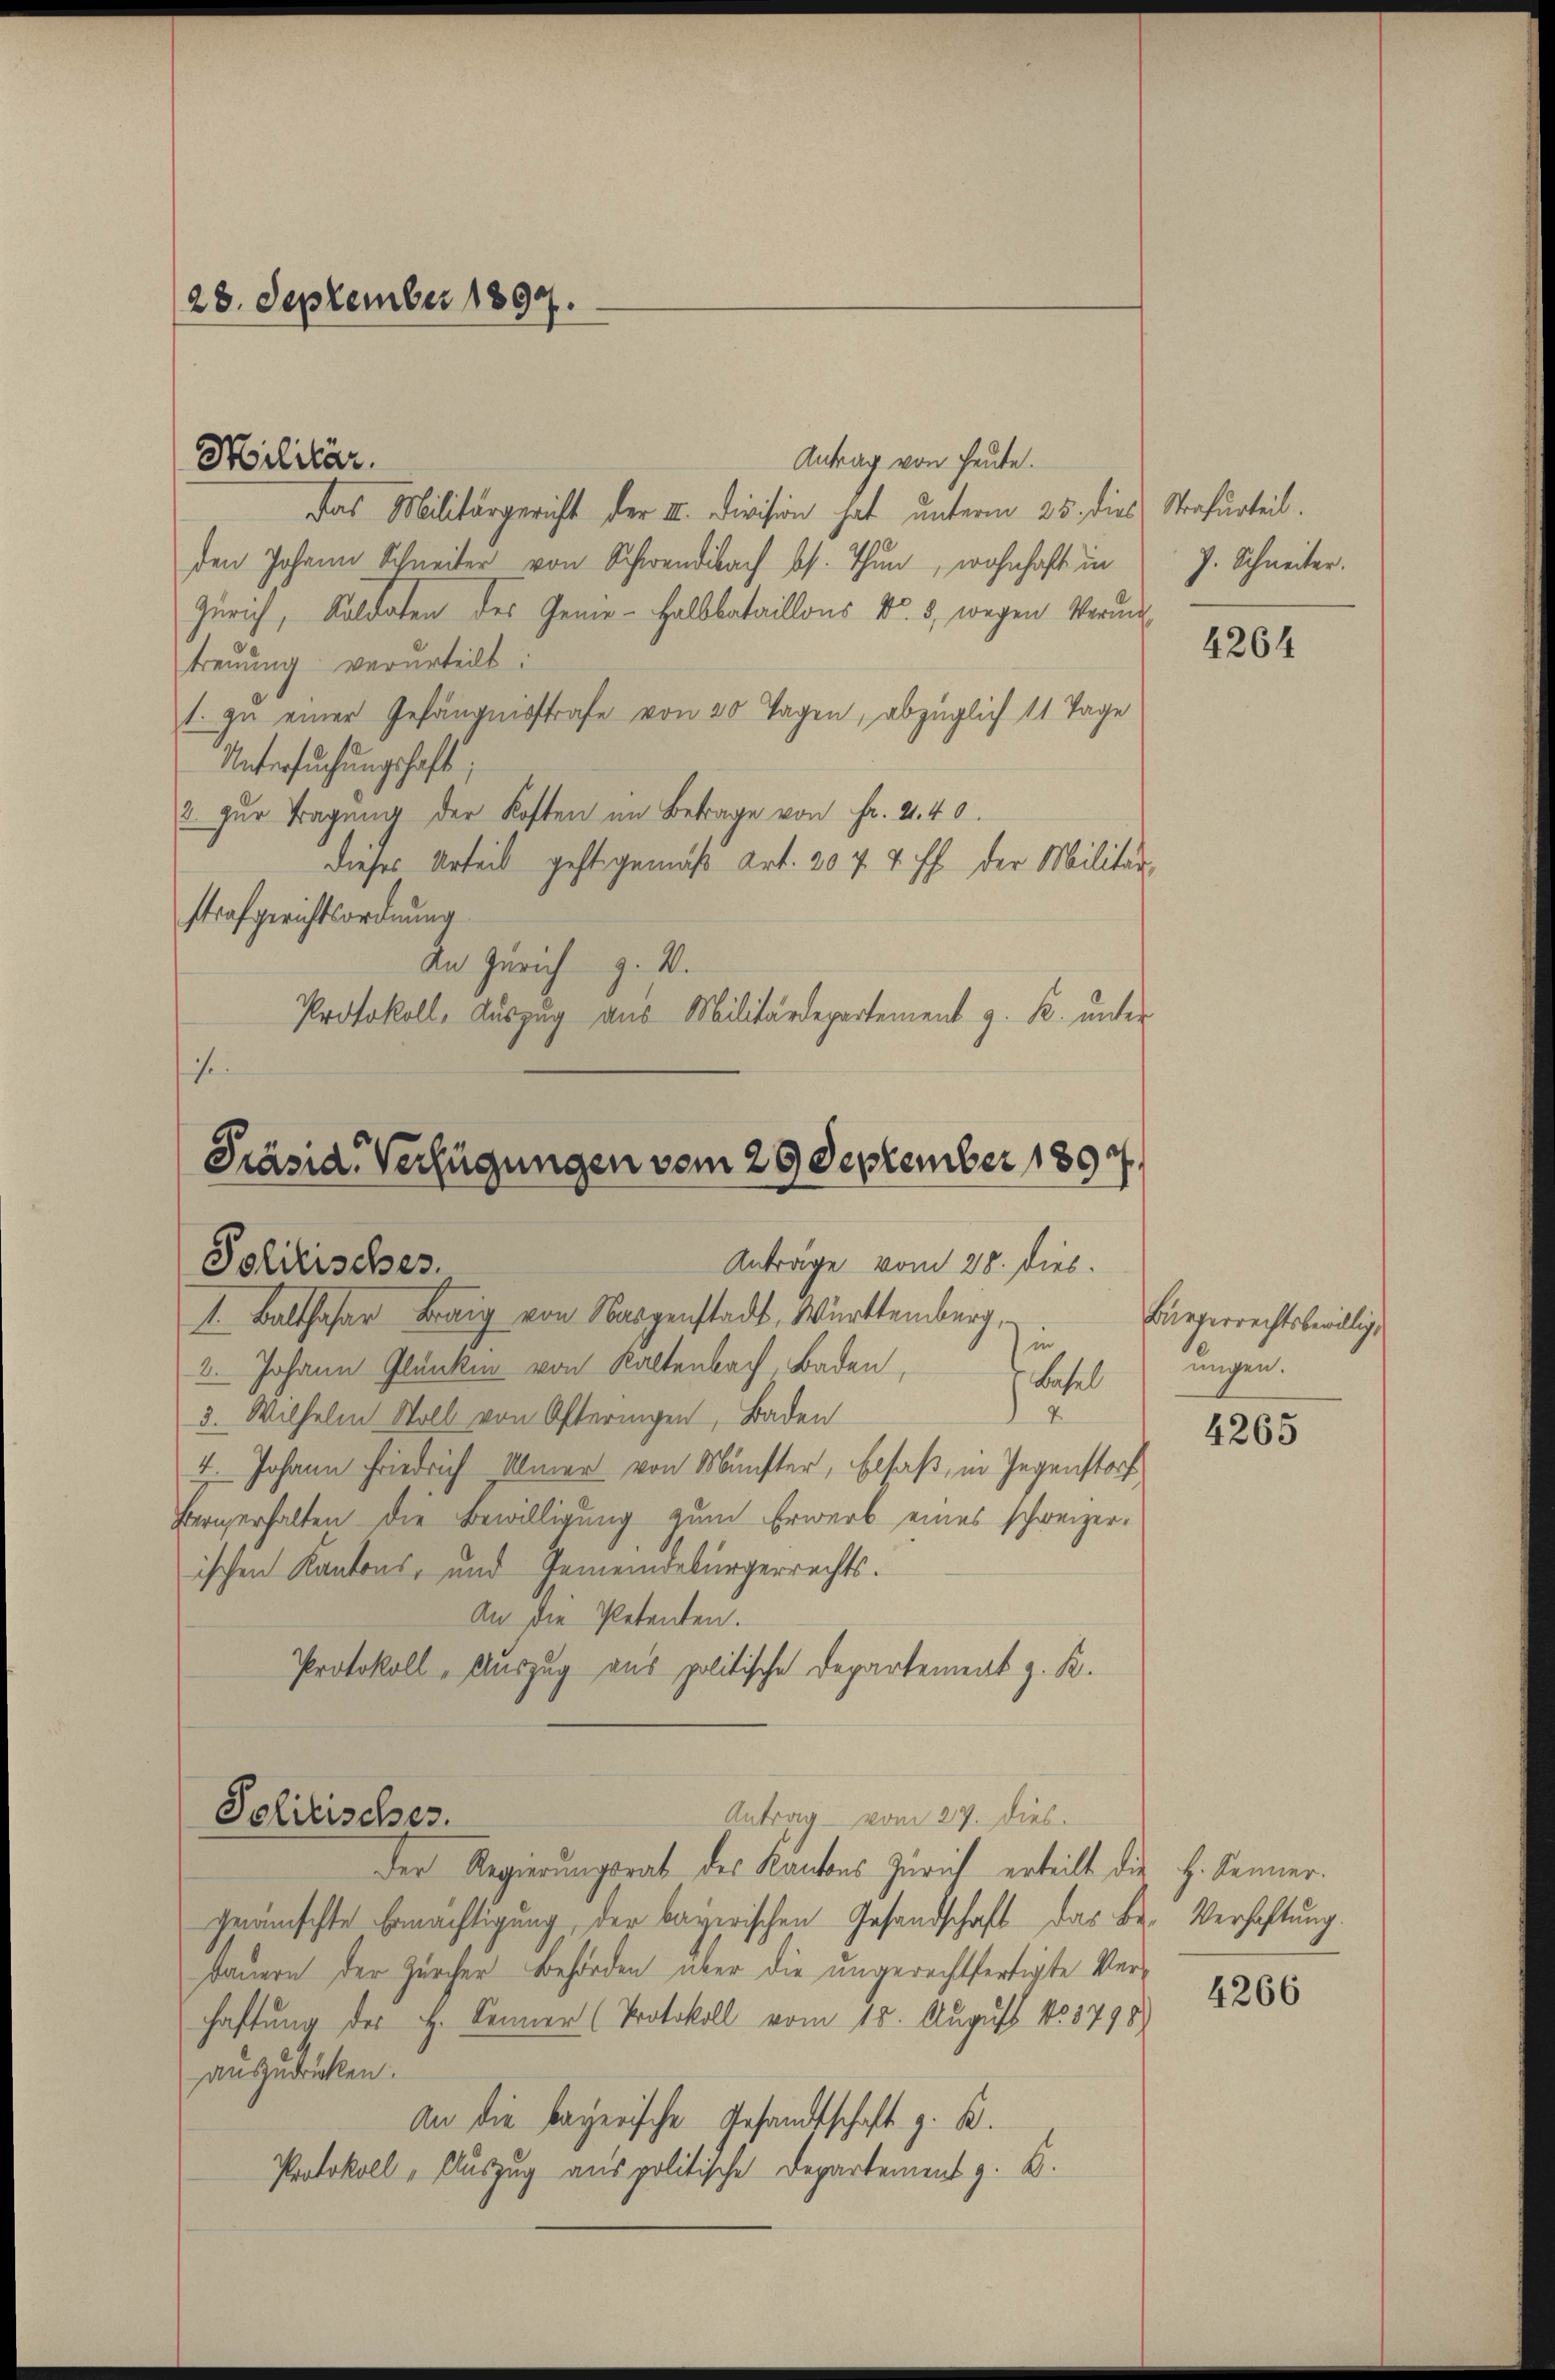
28. September 1897.

Antrag von heute.
Das Militärgericht der III. Division hat unterm 25. dies Strafurteil.
den Johann Schneiter von Schwendbach bes. Thun, wohnhaft in
Zürich, Soldaten des Genie-Halbbataillons No. 3. wegen Verŭn
treuung verurteilt:
1. zu einer Gefängnisstrafe von 20 Tagen, abzüglich 11 Tage
Untersuchungshaft;
2. zŭr Tragung der Kosten im Betrage von Fr. 240.
Dieses Urteil geht gemäß Art. 307 7 ff. der Militar-
strafgerichtsordnung
An Zürich z. B.
Protokoll, Auszug aus Militärdepartement z. B. unter
e

Militär.

Präsid. Verfügungen vom 29 September 1894
Anträge vom 28. Dies
Politisches.

I. Balthasar Brang von Nargenstadt, Württemberg,
i
2. Johann Glänken von Kaltenbach, Baden,
Basel
2
3. Wilhelm Voll von Osteringen, Baden
4. Johann Friedrich Ulmer von Münster, Elsaß, in Gegenstorf
Bernerhalten die Bewilligung zum Erwerb eines schweizer-
ischen Kantons- und Gemeindebürgerrechts¬
An die Petenten.
Protokoll - Auszug aus politische Departenmat z. B.
Antrag vom 27. dies.
Politisches.
Der Regierungsrat des Kantons Zürich erteilt die H. Senner-
gewünschte Ermächtigung, der bayerischen Gesandschaft das Be- Verhaftung
Bauern der Zürcher Behörden über die angerechtfertigte Verhaftung der H. Senner (Protokoll vom 15. August No 3798
auszudrücken.
An die bayerische Gesandtschaft z. B.
Protokoll, Auszug aus politische Departement z. B.

J. Schneiter.

4264

Bürgerrechtsbewillig,
ungen.
4265

4266